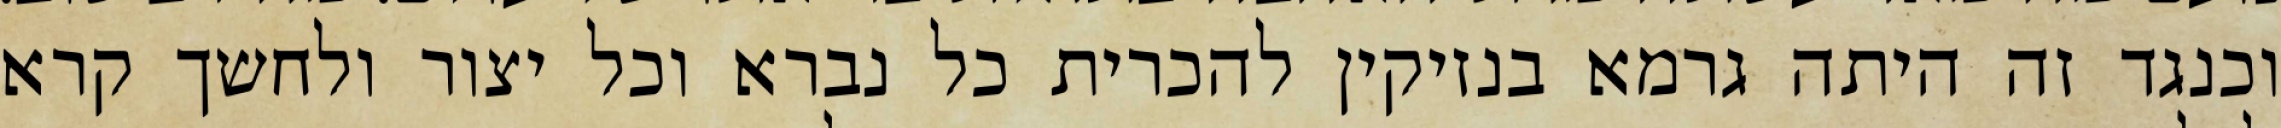
וכנגד זה היתה גרמא בנזיקין להכרית כל נברא וכל יצור ולחשך קרא